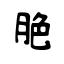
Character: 脃